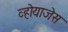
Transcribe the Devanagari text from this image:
व्होयाजेस